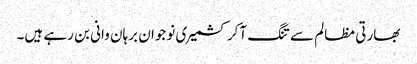
بھارتی مظالم سے تنگ آکر کشمیری نوجوان برہان وانی بن رہے ہیں۔